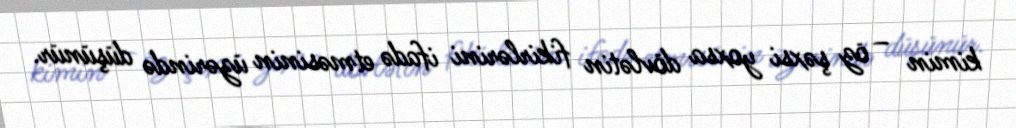
kimin – öz şəxsi yoxsa dövlətin fikirlərini ifadə etməsinin üzərində düşünür.